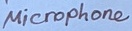
Text: Microphone